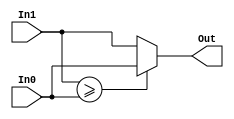
//-----------------------------------
// 2 input MIN comparator for HMLF18
// Version 1.1
//-----------------------------------

module comp2_MIN18_HMLF(In1,In0,Out);

//---------------------------
// In0: input binary code;
// In1: input binary code;
// Out: is the min value;
//---------------------------

input signed  [6:0] In0,In1; // Input data
output signed [6:0] Out;    // Ouput data

assign Out=(In1>=In0) ? In0:In1;

endmodule